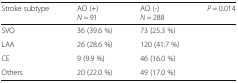
<table><thead><tr><td><b>Stroke subtype</b></td><td><b>AO (+)<i>N</i> = 91</b></td><td><b>AO (-)<i>N</i> = 288</b></td><td><b><i>P</i> = 0.014</b></td></tr></thead><tbody><tr><td>SVO</td><td>36 (39.6 %)</td><td>73 (25.3 %)</td><td></td></tr><tr><td>LAA</td><td>26 (28.6 %)</td><td>120 (41.7 %)</td><td></td></tr><tr><td>CE</td><td>9 (9.9 %)</td><td>46 (16.0 %)</td><td></td></tr><tr><td>Others</td><td>20 (22.0 %)</td><td>49 (17.0 %)</td><td></td></tr></tbody></table>